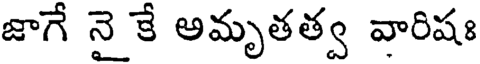
జాగే నై కే అమృతత్వ వారిషః